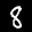
Label: 8